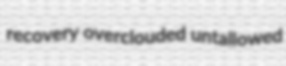
recovery overclouded untallowed